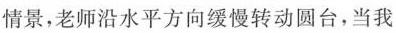
情景，老师沿水平方向缓慢转动圆台，当我